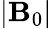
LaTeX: |\mathbf{B}_{0}|